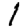
Digit: 1